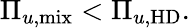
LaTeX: \Pi_{u,\mathrm{mix}}<\Pi_{u,\mathrm{HD}}.